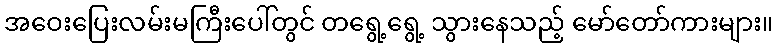
အဝေးပြေးလမ်းမကြီးပေါ်တွင် တရွေ့ရွေ့ သွားနေသည့် မော်တော်ကားများ။